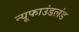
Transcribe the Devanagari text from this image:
न्यूफाउंडलंड